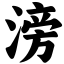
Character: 滂